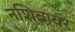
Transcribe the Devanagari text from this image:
नशिबावर